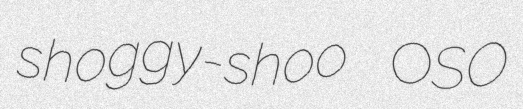
shoggy-shoo OSO